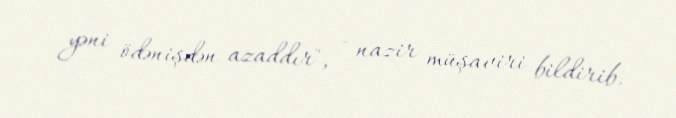
yəni ödənişdən azaddır", - nazir müşaviri bildirib.